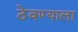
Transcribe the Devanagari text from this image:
ठेवण्याला